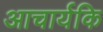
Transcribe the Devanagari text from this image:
आचार्यकि